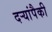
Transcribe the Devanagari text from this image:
दऱ्यांपैकी